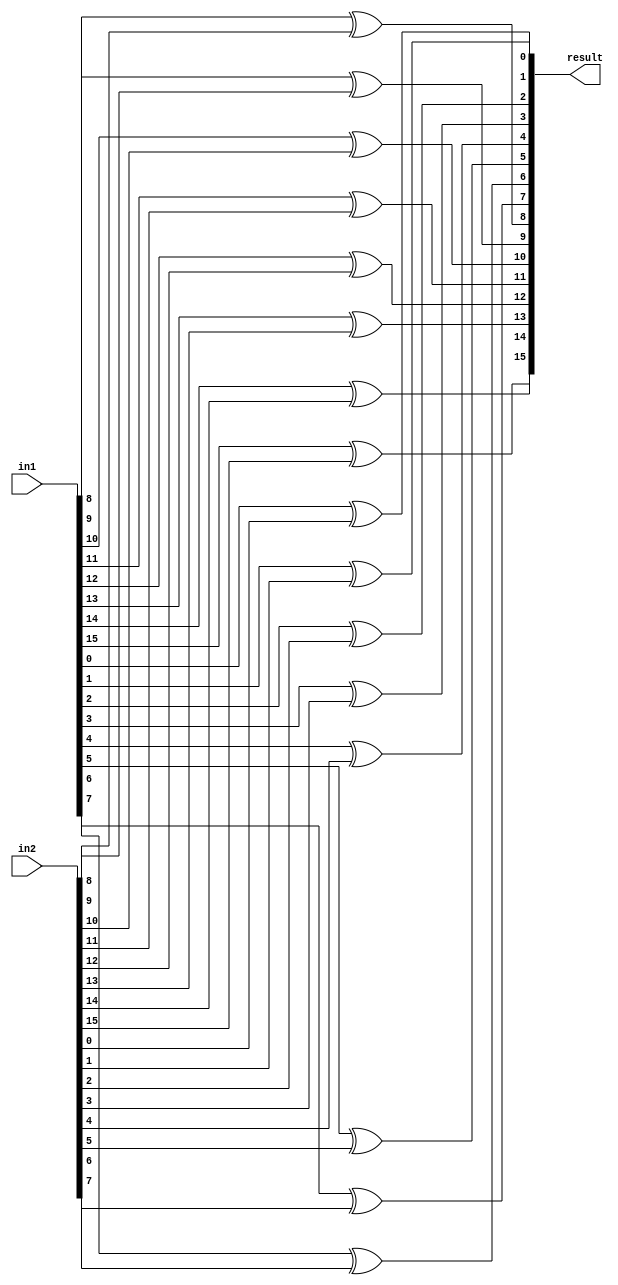
module XOR_Calculator(input [15:0] in1,in2, output [15:0] result);
	xor  (result[0], in1[0], in2[0]);
	xor (result[1], in1[1], in2[1]);
	xor (result[2], in1[2], in2[2]);
	xor (result[3], in1[3], in2[3]);
	xor (result[4], in1[4], in2[4]);
	xor (result[5], in1[5], in2[5]);
	xor (result[6], in1[6], in2[6]);
	xor (result[7], in1[7], in2[7]);
	xor (result[8], in1[8], in2[8]);
	xor (result[9], in1[9], in2[9]);
	xor (result[10], in1[10], in2[10]);
	xor (result[11], in1[11], in2[11]);
	xor (result[12], in1[12], in2[12]);
	xor (result[13], in1[13], in2[13]);
	xor (result[14], in1[14], in2[14]);
	xor (result[15], in1[15], in2[15]);
endmodule


module testbench();
    reg[15:0] A;
    reg[15:0] B;
    wire[15:0] R;

    XOR_Calculator my_XOR(A,B,R);

    initial begin

        A = 15'b100100011011011;
        B = 15'b101000101101000;
        #10
        $display("A = %b", A);
        $display("B = %b", B);
        $display("R = %b", R);
        #10

        A = 15'b001010001010010;
        B = 15'b111101001000101;
        #10
        $display("A = %b", A);
        $display("B = %b", B);
        $display("R = %b", R);

    end


endmodule